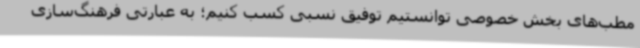
مطب‌های بخش خصوصی توانستیم توفیق نسبی کسب کنیم؛ به عبارتی فرهنگ‌سازی